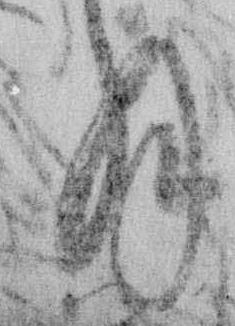
拝